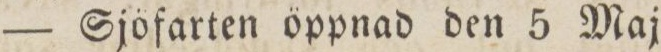
— Sjöfarten öppnad den 5 Maj.